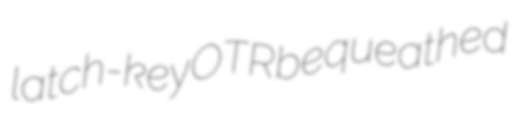
latch-key OTR bequeathed